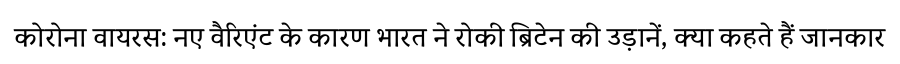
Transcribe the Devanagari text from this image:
कोरोना वायरस: नए वैरिएंट के कारण भारत ने रोकी ब्रिटेन की उड़ानें, क्या कहते हैं जानकार